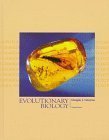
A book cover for Evolutionary Biology; Douglas J. Futuyma; Science & Math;